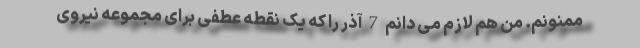
ممنونم. من هم لازم می دانم 7 آذر را که یک نقطه عطفی برای مجموعه نیروی